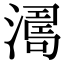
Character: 𣾭